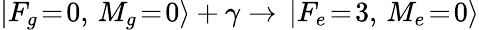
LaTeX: |F_{g}\! =\! 0,\, M_{g}\! =\! 0\rangle+\gamma\to\, |F_{e}\! =\! 3,\, M_{e}\! =\! 0\rangle